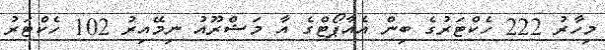
މިހާރު 222 ހެކްޓަރުގެ ބިން އެއާޕޯޓްގެ އާ މަޝްރޫއު ނިމޭއިރު 102 ހެކްޓަރު